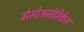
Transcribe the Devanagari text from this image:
मेसोअमेरिकेत